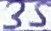
Text: 35